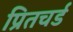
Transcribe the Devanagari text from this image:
प्रितचर्ड